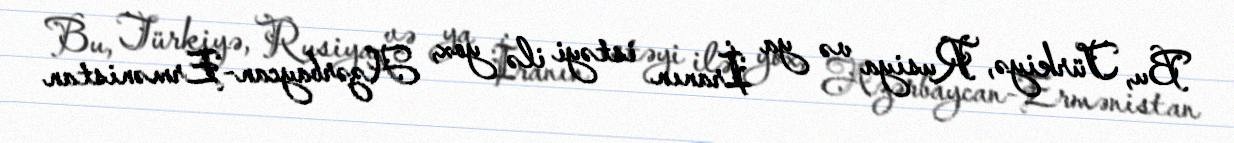
Bu, Türkiyə, Rusiya və ya İranın istəyi ilə yox, Azərbaycan-Ermənistan